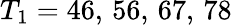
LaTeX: T_{1}=46,\, 56,\, 67,\, 78